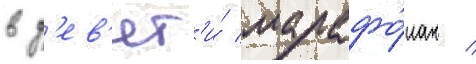
в д'ев'ят'и́ марафо́нах /